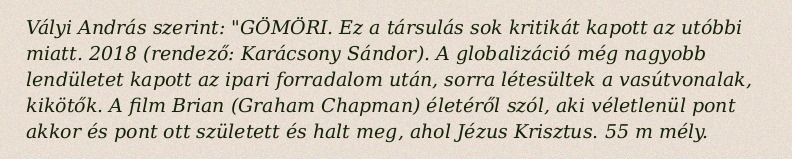
Vályi András szerint: "GÖMÖRI. Ez a társulás sok kritikát kapott az utóbbi miatt. 2018 (rendező: Karácsony Sándor). A globalizáció még nagyobb lendületet kapott az ipari forradalom után, sorra létesültek a vasútvonalak, kikötők. A film Brian (Graham Chapman) életéről szól, aki véletlenül pont akkor és pont ott született és halt meg, ahol Jézus Krisztus. 55 m mély.